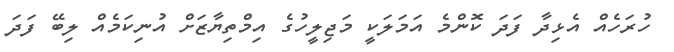
ހުރަހެއް އެޅިދާ ފަދަ ކޮންމެ އަމަލަކީ މަޖިލީހުގެ އިމްތިޔާޒަށް އުނިކަމެއް ލިބޭ ފަދަ